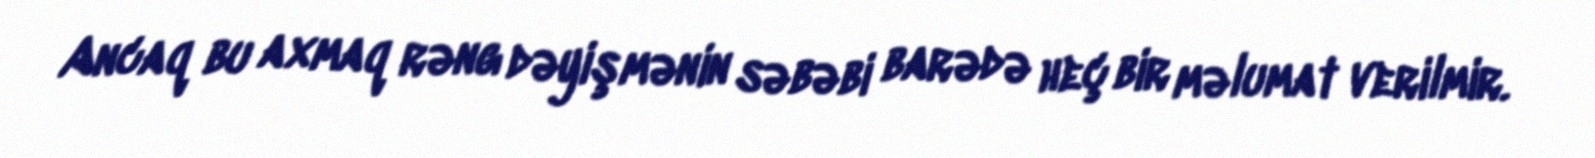
Ancaq bu axmaq rəng dəyişmənin səbəbi barədə heç bir məlumat verilmir.